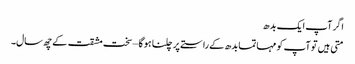
اگر آپ ایک بدھ
متی ہیں تو آپ کو مہاتما بدھ کے راستے پر چلنا ہو گا – سخت مشقت کے چھ سال۔